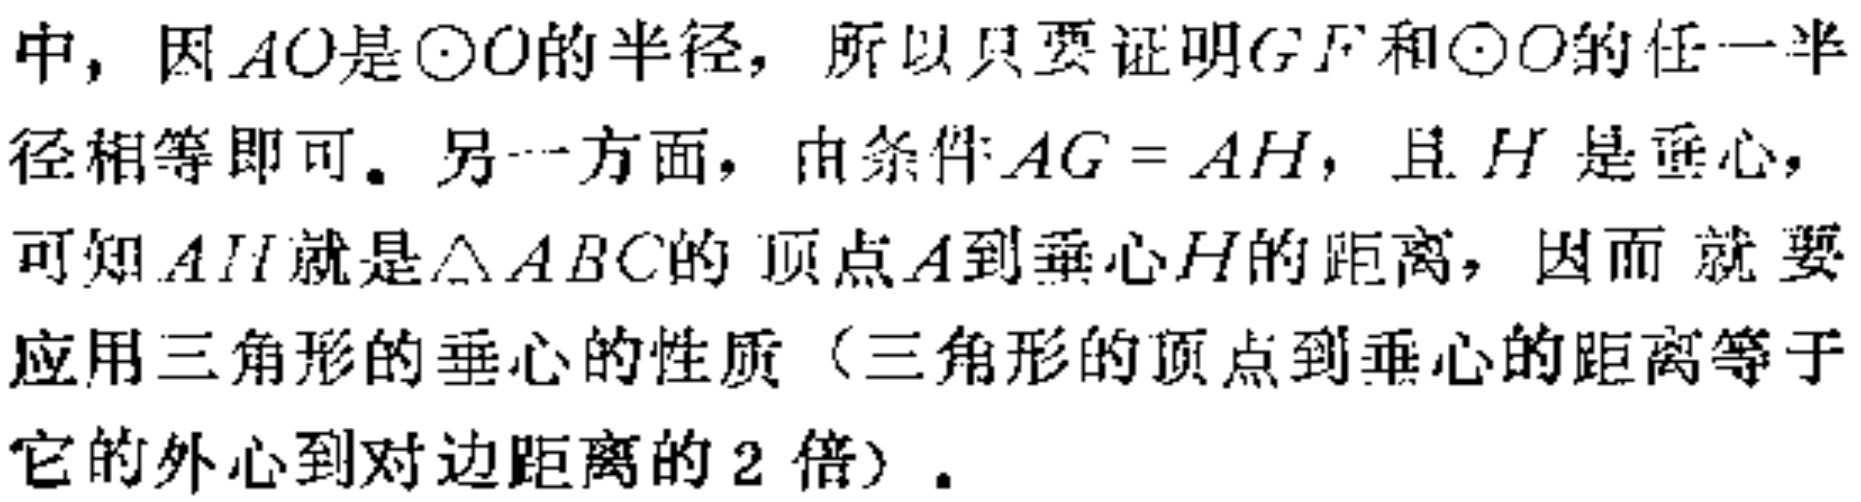
中，因\(AO\)是\(\odot O\)的半径，所以只要证明\(GF\)和\(\odot O\)的任一半径相等即可。另一方面，由条件\(AG = AH\)，且\(H\)是垂心，可知\(AH\)就是\(\triangle ABC\)的顶点\(A\)到垂心\(H\)的距离，因而就要应用三角形的垂心的性质（三角形的顶点到垂心的距离等于它的外心到对边距离的\(2\)倍）。